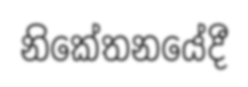
නිකේතනයේදී